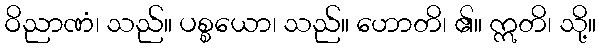
ဝိညာဏံ၊ သည်။ ပစ္စယော၊ သည်။ ဟောတိ၊ ၏။ ဣတိ၊ သို့။